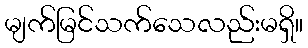
မျက်မြင်သက်သေလည်းမရှိ။